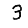
Digit: 3